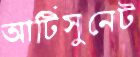
আর্টিসুনেট